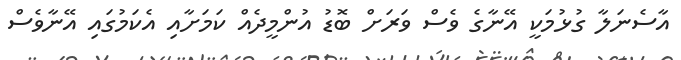
އާސެނަލާ ގުޅުމަކީ އޭނާގެ ވެސް ވަރަށް ބޮޑު އުންމީދެއް ކަމަށާއި އެކަމުގައި އޭނާވެސް